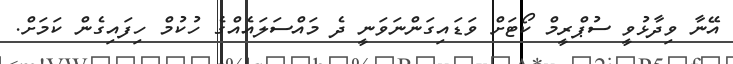
އޭނާ ވިދާޅުވީ ސުޕްރީމް ކޯޓަށް ވަޑައިގަންނަވަނީ ދެ މައްސަލައެއްގެ ހުކުމް ހިފައިގެން ކަމަށް.